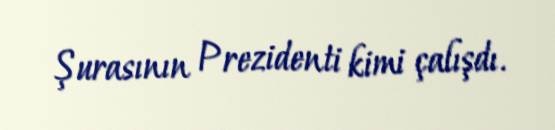
Şurasının Prezidenti kimi çalışdı.